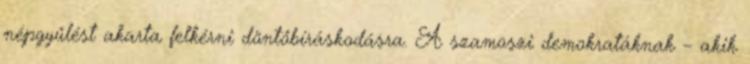
népgyűlést akarta felkérni döntőbíráskodásra. A szamoszi demokratáknak – akik